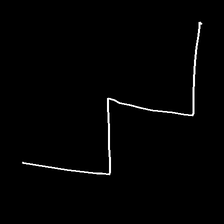
Glyph: crush